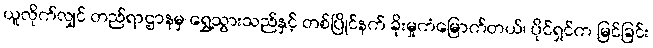
ယူလိုက်လျှင် တည်ရာဌာနမှ ရွှေ့သွားသည်နှင့် တစ်ပြိုင်နက် ခိုးမှုကံမြောက်တယ်၊ ပိုင်ရှင်က မြင်ခြင်း